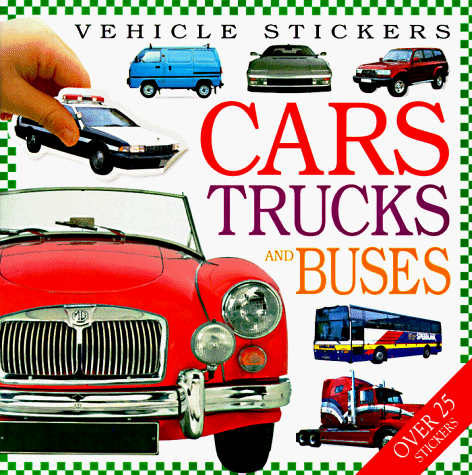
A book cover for Vehicle Stickers: Cars, Trucks and Buses; DK Publishing; Children's Books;